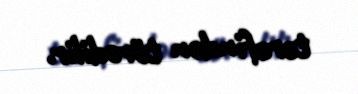
tərəfindən törədilir.